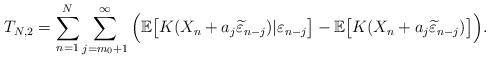
LaTeX: \begin{align*}T_{N,2}=\sum^N_{n=1} \sum^{\infty}_{j=m_0+1}\Big( \mathbb{E}\big[K(X_n+a_j\widetilde{\varepsilon}_{n-j})|\varepsilon_{n-j}\big]-\mathbb{E}\big[K(X_n+a_j\widetilde{\varepsilon}_{n-j})\big]\Big).\end{align*}